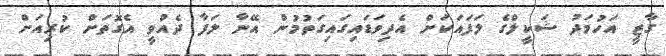
ގާޒީ އަހުމަދު ޝަކީލްގެ ލަފައަކަށް އެދިވަޑައިގައިގަތުމުން އޭނާ ލަފާ ދެއްވީ އެގޮތަށް ކުރިއަށް